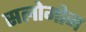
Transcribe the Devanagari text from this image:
सलोमोन